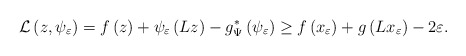
\begin{align*}\mathcal{L}\left(z,\psi_\varepsilon\right)=f\left(z\right)+\psi_\varepsilon\left(Lz\right)-g^{*}_\Psi\left(\psi_\varepsilon\right)\geq f\left(x_\varepsilon\right)+g\left(Lx_\varepsilon\right)-2\varepsilon.\end{align*}